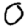
Digit: 0